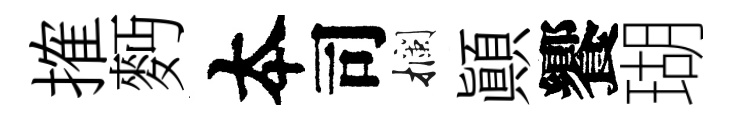
搉麪夲司攔顚饗瑚